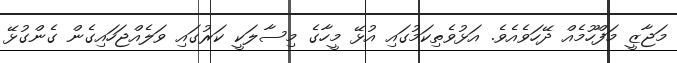
މަޖާޒީ މަފްހޫމެއް ދޭހަވެއެވެ. އަޅުވެތިކަމުގައި އުޅޭ މީހާގެ މިސާލަކީ ކަރުގައި ވަލެއްޖަހައިގެން ގެންގުޅޭ